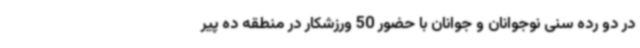
در دو رده سنی نوجوانان و جوانان با حضور 50 ورزشکار در منطقه ده پیر